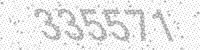
Solution: 335571